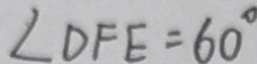
\angle D F E = 6 0 ^ { \circ }